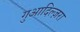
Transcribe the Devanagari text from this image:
गुआदिल्ज़रा